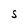
Character: S